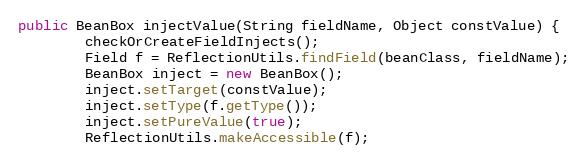
Language: Java
public BeanBox injectValue(String fieldName, Object constValue) {
		checkOrCreateFieldInjects();
		Field f = ReflectionUtils.findField(beanClass, fieldName);
		BeanBox inject = new BeanBox();
		inject.setTarget(constValue);
		inject.setType(f.getType());
		inject.setPureValue(true);
		ReflectionUtils.makeAccessible(f);